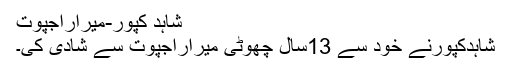
شاہد کپور-میراراجپوت
شاہدکپورنے خود سے 13سال چھوٹی میراراجپوت سے شادی کی۔